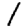
Digit: 1